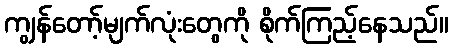
ကျွန်တော့်မျက်လုံးတွေကို စိုက်ကြည့်နေသည်။